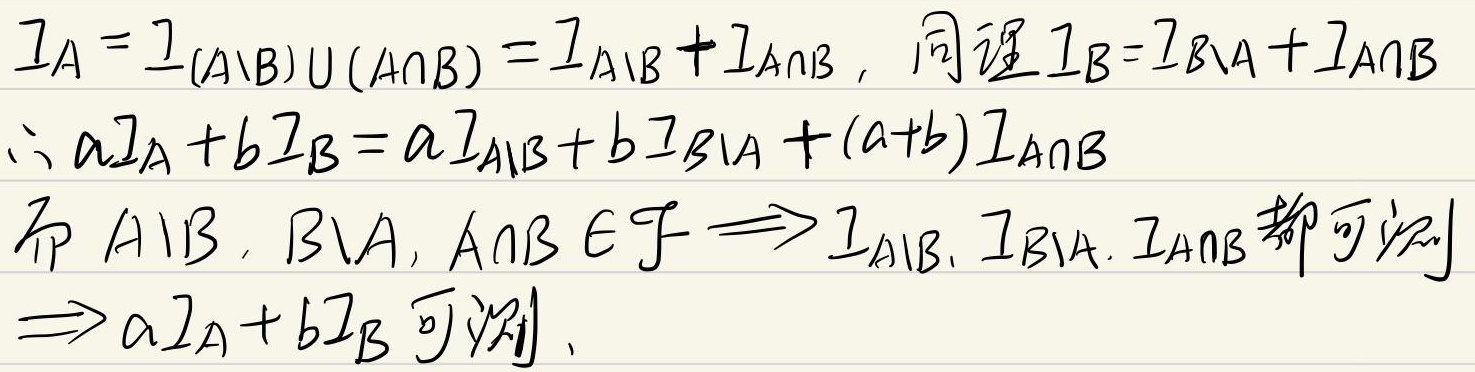
\(1_A=1_{(A\setminusB)\cup(A\capB)}=1_{A\setminusB}+1_{A\capB},\)同理\(1_B=1_{B\setminusA}+1_{A\capB}\)\\
\(\thereforea1_A+b1_B=a1_{A\setminusB}+b1_{B\setminusA}+(a+b)1_{A\capB}\)\\
而\(A\setminusB,B\setminusA,A\capB\in\mathcal{F}\Rightarrow1_{A\setminusB},1_{B\setminusA},1_{A\capB}\)都可测\\
\(\Rightarrowa1_A+b1_B\)可测.